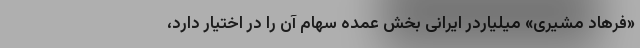
«فرهاد مشیری» میلیاردر ایرانی بخش عمده سهام آن را در اختیار دارد،